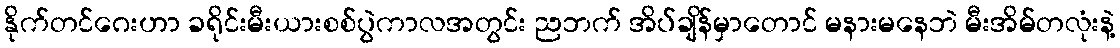
နိုက်တင်ဂေးဟာ ခရိုင်းမီးယားစစ်ပွဲကာလအတွင်း ညဘက် အိပ်ချိန်မှာတောင် မနားမနေဘဲ မီးအိမ်တလုံးနဲ့